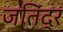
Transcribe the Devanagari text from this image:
जतिंद्र